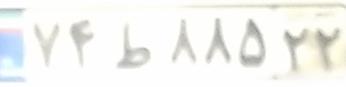
۷۴ط۸۸۵۲۲